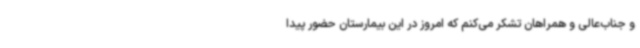
و جناب‌عالی و همراهان تشکر می‌کنم که امروز در این بیمارستان حضور پیدا